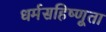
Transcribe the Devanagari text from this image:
धर्मसहिष्णूता